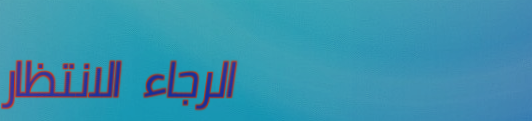
الرجاء الانتظار